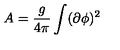
A = { \frac { g } { 4 \pi } } \int ( \partial \phi ) ^ { 2 }